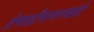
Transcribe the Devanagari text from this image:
हेमाद्रौनागरखंडे